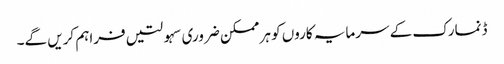
ڈنمارک کے سرمایہ کاروں کو ہر ممکن ضروری سہولتیں فراہم کریں گے۔